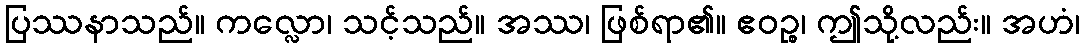
ပြဿနာသည်။ ကလ္လော၊ သင့်သည်။ အဿ၊ ဖြစ်ရာ၏။ ဧဝဉ္စ၊ ဤသို့လည်း။ အဟံ၊